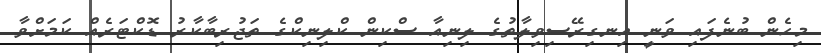
މިހެން ބުނެފައި ވަނީ އިނގިރޭސިވިލާތުގެ ލިނިއާ ސްކިން ކްލިނިކްގެ ތަޖުރިބާކާރު ޑޮކްޓަރެއް ކަމަށްވާ